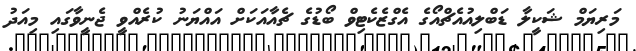
މަރިޔަމް ޝަކީލާ ޑަބްލިއުއެޗްއޯގެ އެގްޒެކެޓިވް ބޯޑުގެ ޗެއާއަކަށް އައްޔަނު ކުރެއްވީ ޖެނީވާގައި މިއަދު